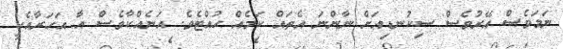
ނަމަވެސް އޭރުވެސް ސިކުނޑިއަށް ނާންނަ އެތައް ކަމެއް ހުއްޓެވެ. އަނެއްކާވެސް އާ އަހަރާއެކީ